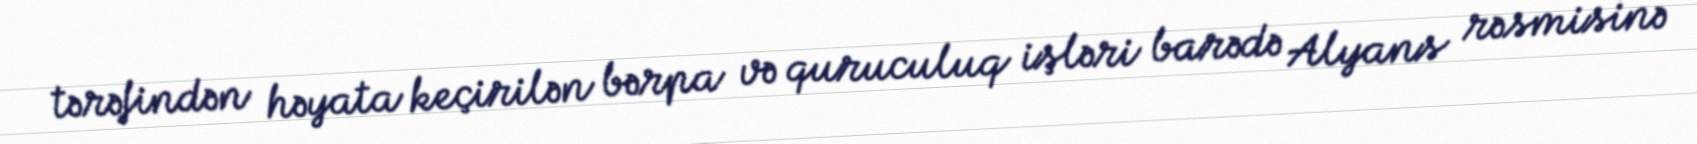
tərəfindən həyata keçirilən bərpa və quruculuq işləri barədə Alyans rəsmisinə